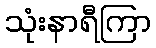
သုံးနာရီကြာ